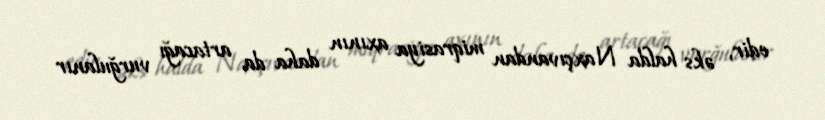
edir, əks halda Naxçıvandan miqrasiya axının daha da artacağı vurğulanır